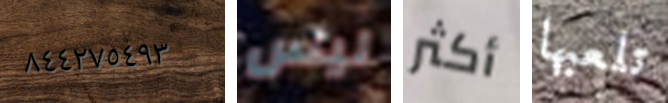
٨٤٤٢٧٥٤٩٣ ليس أكثر تلعبها